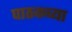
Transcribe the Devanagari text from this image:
पाठकच्या